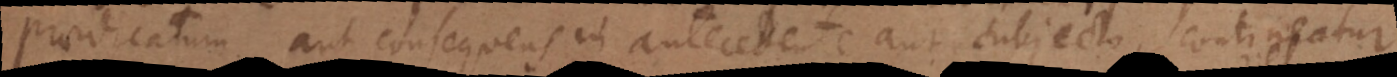
praedicatum aut consequens in antecedente aut subjecto, contin